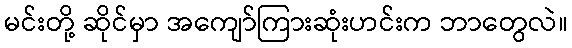
မင်းတို့ ဆိုင်မှာ အကျော်ကြားဆုံးဟင်းက ဘာတွေလဲ။